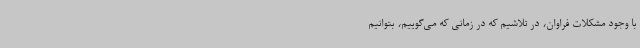
با وجود مشکلات فراوان،‌ در تلاشیم که در زمانی که می‌گوییم، بتوانیم